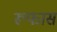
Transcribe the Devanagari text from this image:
रूफास